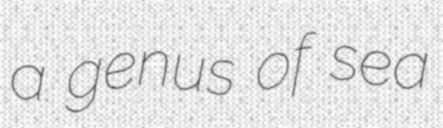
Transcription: a genus of sea